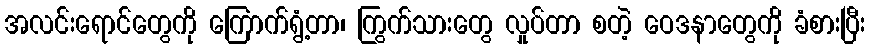
အလင်းရောင်တွေကို ကြောက်ရွံ့တာ၊ ကြွက်သားတွေ လှုပ်တာ စတဲ့ ဝေဒနာတွေကို ခံစားပြီး